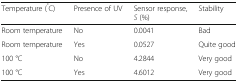
<table><thead><tr><td><b>Temperature (<sup>°</sup>C)</b></td><td><b>Presence of UV</b></td><td><b>Sensor response, <i>S</i> (%)</b></td><td><b>Stability</b></td></tr></thead><tbody><tr><td>Room temperature</td><td>No</td><td>0.0041</td><td>Bad</td></tr><tr><td>Room temperature</td><td>Yes</td><td>0.0527</td><td>Quite good</td></tr><tr><td>100 °C</td><td>No</td><td>4.2844</td><td>Very good</td></tr><tr><td>100 °C</td><td>Yes</td><td>4.6012</td><td>Very good</td></tr></tbody></table>